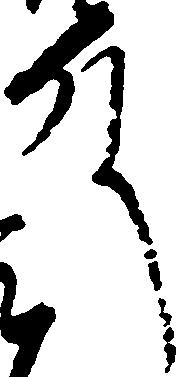
殿